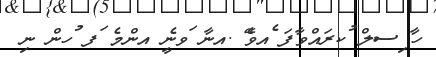
ހާ ިސލް ުކރައްވާފަ ެއވެޭ .އނާ ަވނީެ އންމެ ަފ ުހން ނި